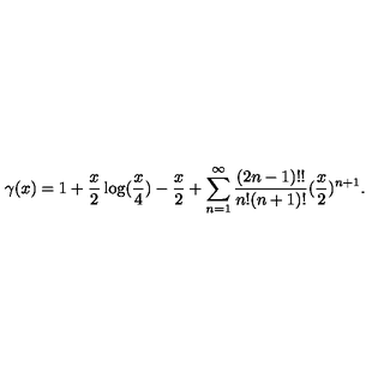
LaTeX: \gamma ( x ) = 1 + \frac { x } { 2 } \log ( \frac { x } { 4 } ) - \frac { x } { 2 } + \sum _ { n = 1 } ^ { \infty } \frac { ( 2 n - 1 ) ! ! } { n ! ( n + 1 ) ! } ( \frac { x } { 2 } ) ^ { n + 1 } .